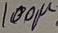
Text: 100µ